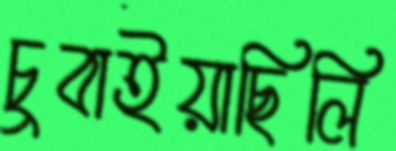
চুবাইয়াছিলি